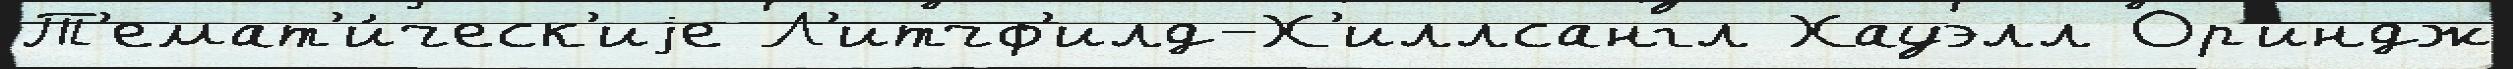
Т'емат'и́ческ'иjе Л'итчф'илд-Х'иллсангл Хауэлл Ор'индж